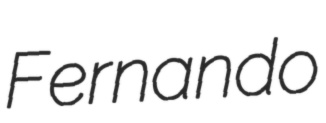
Fernando